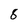
Character: 8